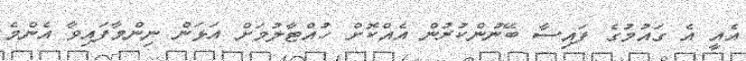
އެއީ އެ ގައުމުގެ ފައިސާ ބޭނުންކުރުން އެއްކޮށް ހުއްޓާލުމަށް އަޅަން ނިންމާފައިވާ އެންމެ